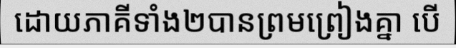
ដោយភាគីទាំង២បានព្រមព្រៀងគ្នា បើ